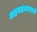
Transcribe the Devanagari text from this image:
अहमदनगमध्ये